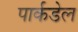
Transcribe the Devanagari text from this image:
पार्कडेल